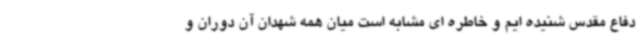
دفاع مقدس شنیده ایم و خاطره ای مشابه است میان همه شهدان آن دوران و